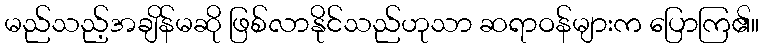
မည်သည့်အချိန်မဆို ဖြစ်လာနိုင်သည်ဟုသာ ဆရာဝန်များက ပြောကြ၏။